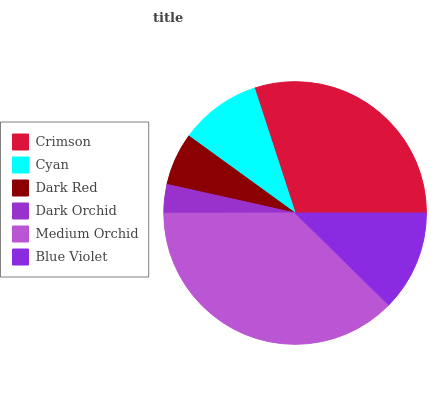
| Crimson | Cyan | Dark Red | Dark Orchid | Medium Orchid | Blue Violet |
 | --- | --- | --- | --- | --- | --- |
 | 30.1% | 10% | 6.49% | 3.53% | 37.5% | 12.4% |